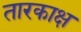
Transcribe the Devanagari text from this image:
तारकाक्ष